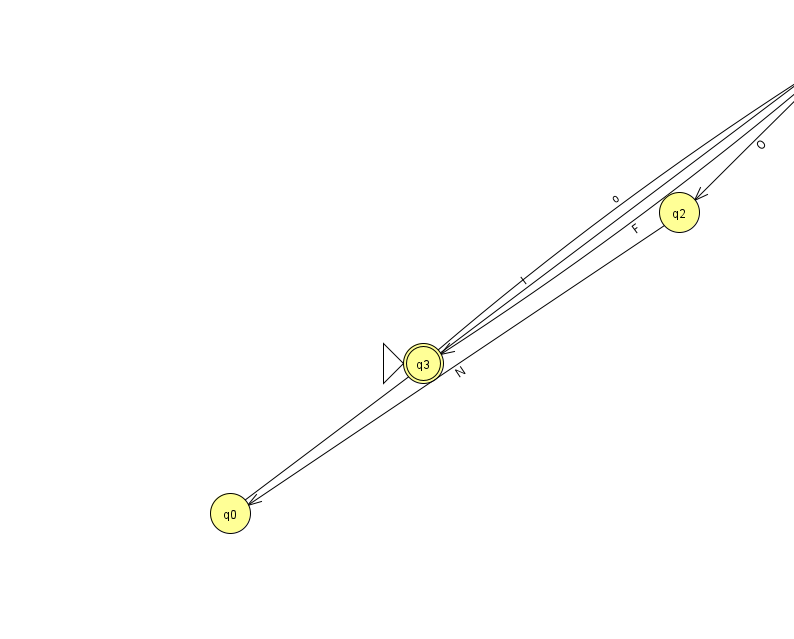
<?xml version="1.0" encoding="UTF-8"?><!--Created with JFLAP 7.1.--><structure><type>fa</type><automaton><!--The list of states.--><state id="0" name="q0"><x>230.0</x><y>500.0</y></state><state id="1" name="q1"><x>829.0</x><y>50.0</y></state><state id="2" name="q2"><x>679.0</x><y>199.0</y></state><state id="3" name="q3"><x>423.0</x><y>350.0</y><initial/><final/></state><!--The list of transitions.--><transition><from>3</from><to>1</to><read>o</read></transition><transition><from>1</from><to>2</to><read>O</read></transition><transition><from>0</from><to>1</to><read>I</read></transition><transition><from>1</from><to>1</to><read>D</read></transition><transition><from>1</from><to>3</to><read>F</read></transition><transition><from>2</from><to>0</to><read>N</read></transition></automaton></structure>